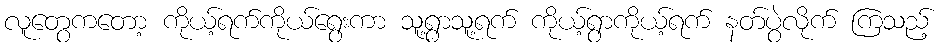
လူတွေကတော့ ကိုယ့်ရက်ကိုယ်ရွေးကာ သူ့ရွာသူ့ရက် ကိုယ့်ရွာကိုယ့်ရက် နတ်ပွဲလိုက် ကြသည့်